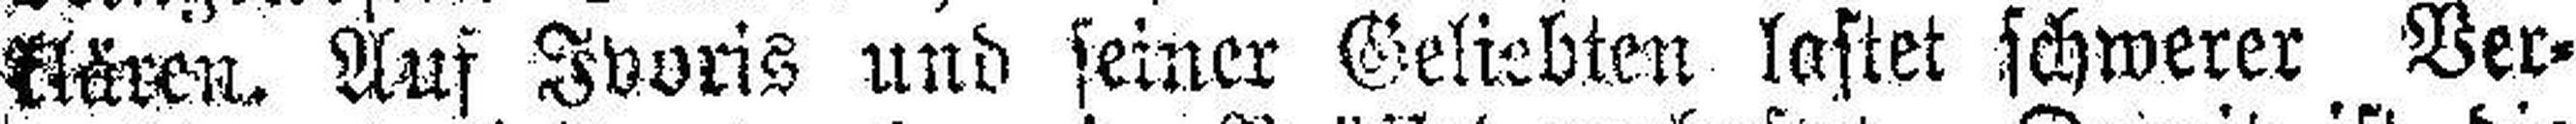
klären. Auf Ivoris und seiner Geliebten lastet schwerer Ver¬